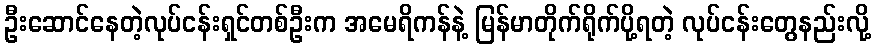
ဦးဆောင်နေတဲ့လုပ်ငန်းရှင်တစ်ဦးက အမေရိကန်နဲ့ မြန်မာတိုက်ရိုက်ပို့ရတဲ့ လုပ်ငန်းတွေနည်းလို့